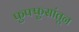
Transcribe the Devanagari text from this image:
फुफ्फुसांतून